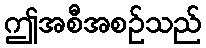
ဤအစီအစဉ်သည်